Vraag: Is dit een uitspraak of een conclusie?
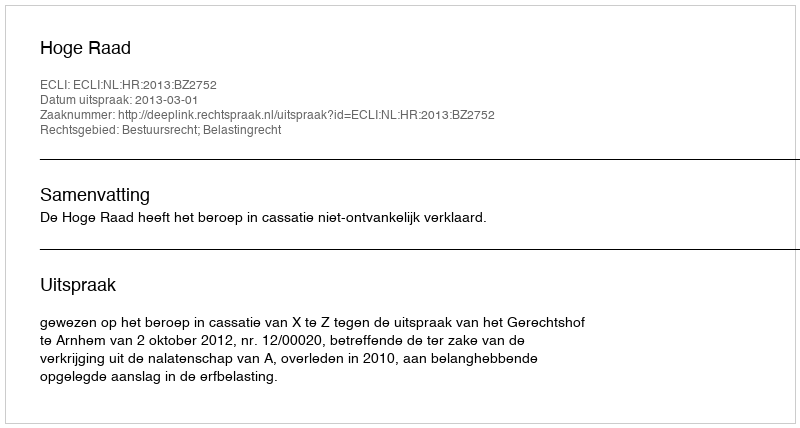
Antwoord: Uitspraak